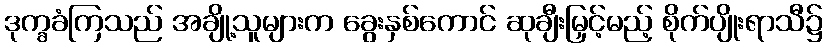
ဒုက္ခခံကြသည် အချို့သူများက ခွေးနှစ်ကောင် ဆုချီးမြှင့်မည့် စိုက်ပျိုးရာသီ၌